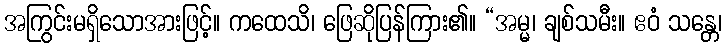
အကြွင်းမရှိသောအားဖြင့်။ ကထေသိ၊ ဖြေဆိုပြန်ကြား၏။ “အမ္မ၊ ချစ်သမီး။ ဧဝံ သန္တေ၊